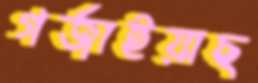
গর্জাইয়াছ